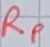
Text: RP